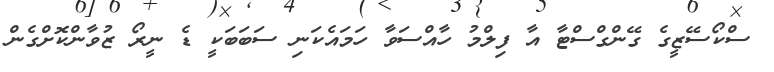
ސްކޯސޭޒީގެ ގޭންގްސްޓާ އާ ފިލްމު ހާއްސަވާ ހަމައެކަނި ސަބަބަކީ ޑެ ނީރޯ ޒުވާންކޮށްގެން